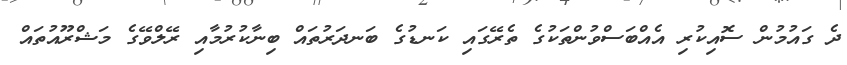
ދެ ގައުމުން ސޮއިކުރި އެއްބަސްވުންތަކުގެ ތެރޭގައި ކަނޑުގެ ބަނދަރުތައް ބިނާކުރުމާއި ރޭލްވޭގެ މަޝްރޫއުތައް